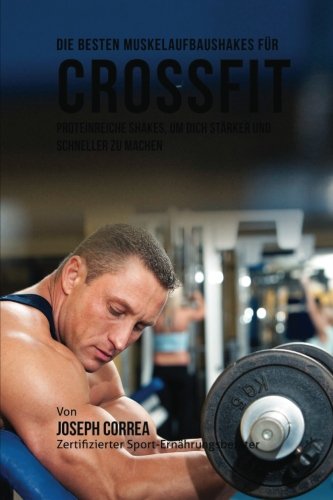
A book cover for Die besten Muskelaufbaushakes fur CrossFit: Proteinreiche Shakes, um dich starker und schneller zu machen (German Edition); Joseph Correa (Zertifizierter Sport-Ernahrungsberater); Sports & Outdoors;